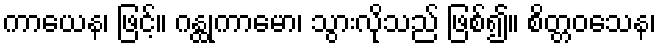
ကာယေန၊ ဖြင့်။ ဂန္ထုကာမော၊ သွားလိုသည် ဖြစ်၍။ စိတ္တဝသေန၊